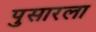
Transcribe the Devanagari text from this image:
पुसारला